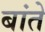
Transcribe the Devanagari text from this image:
बांते